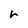
Character: r